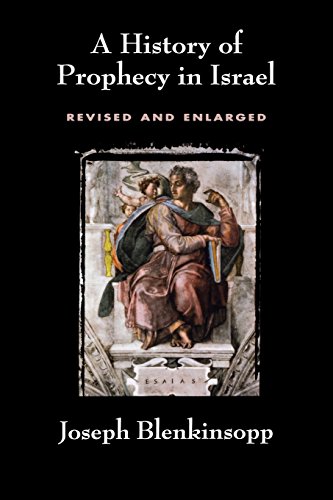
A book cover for A History of Prophecy in Israel; Joseph Blenkinsopp; Christian Books & Bibles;